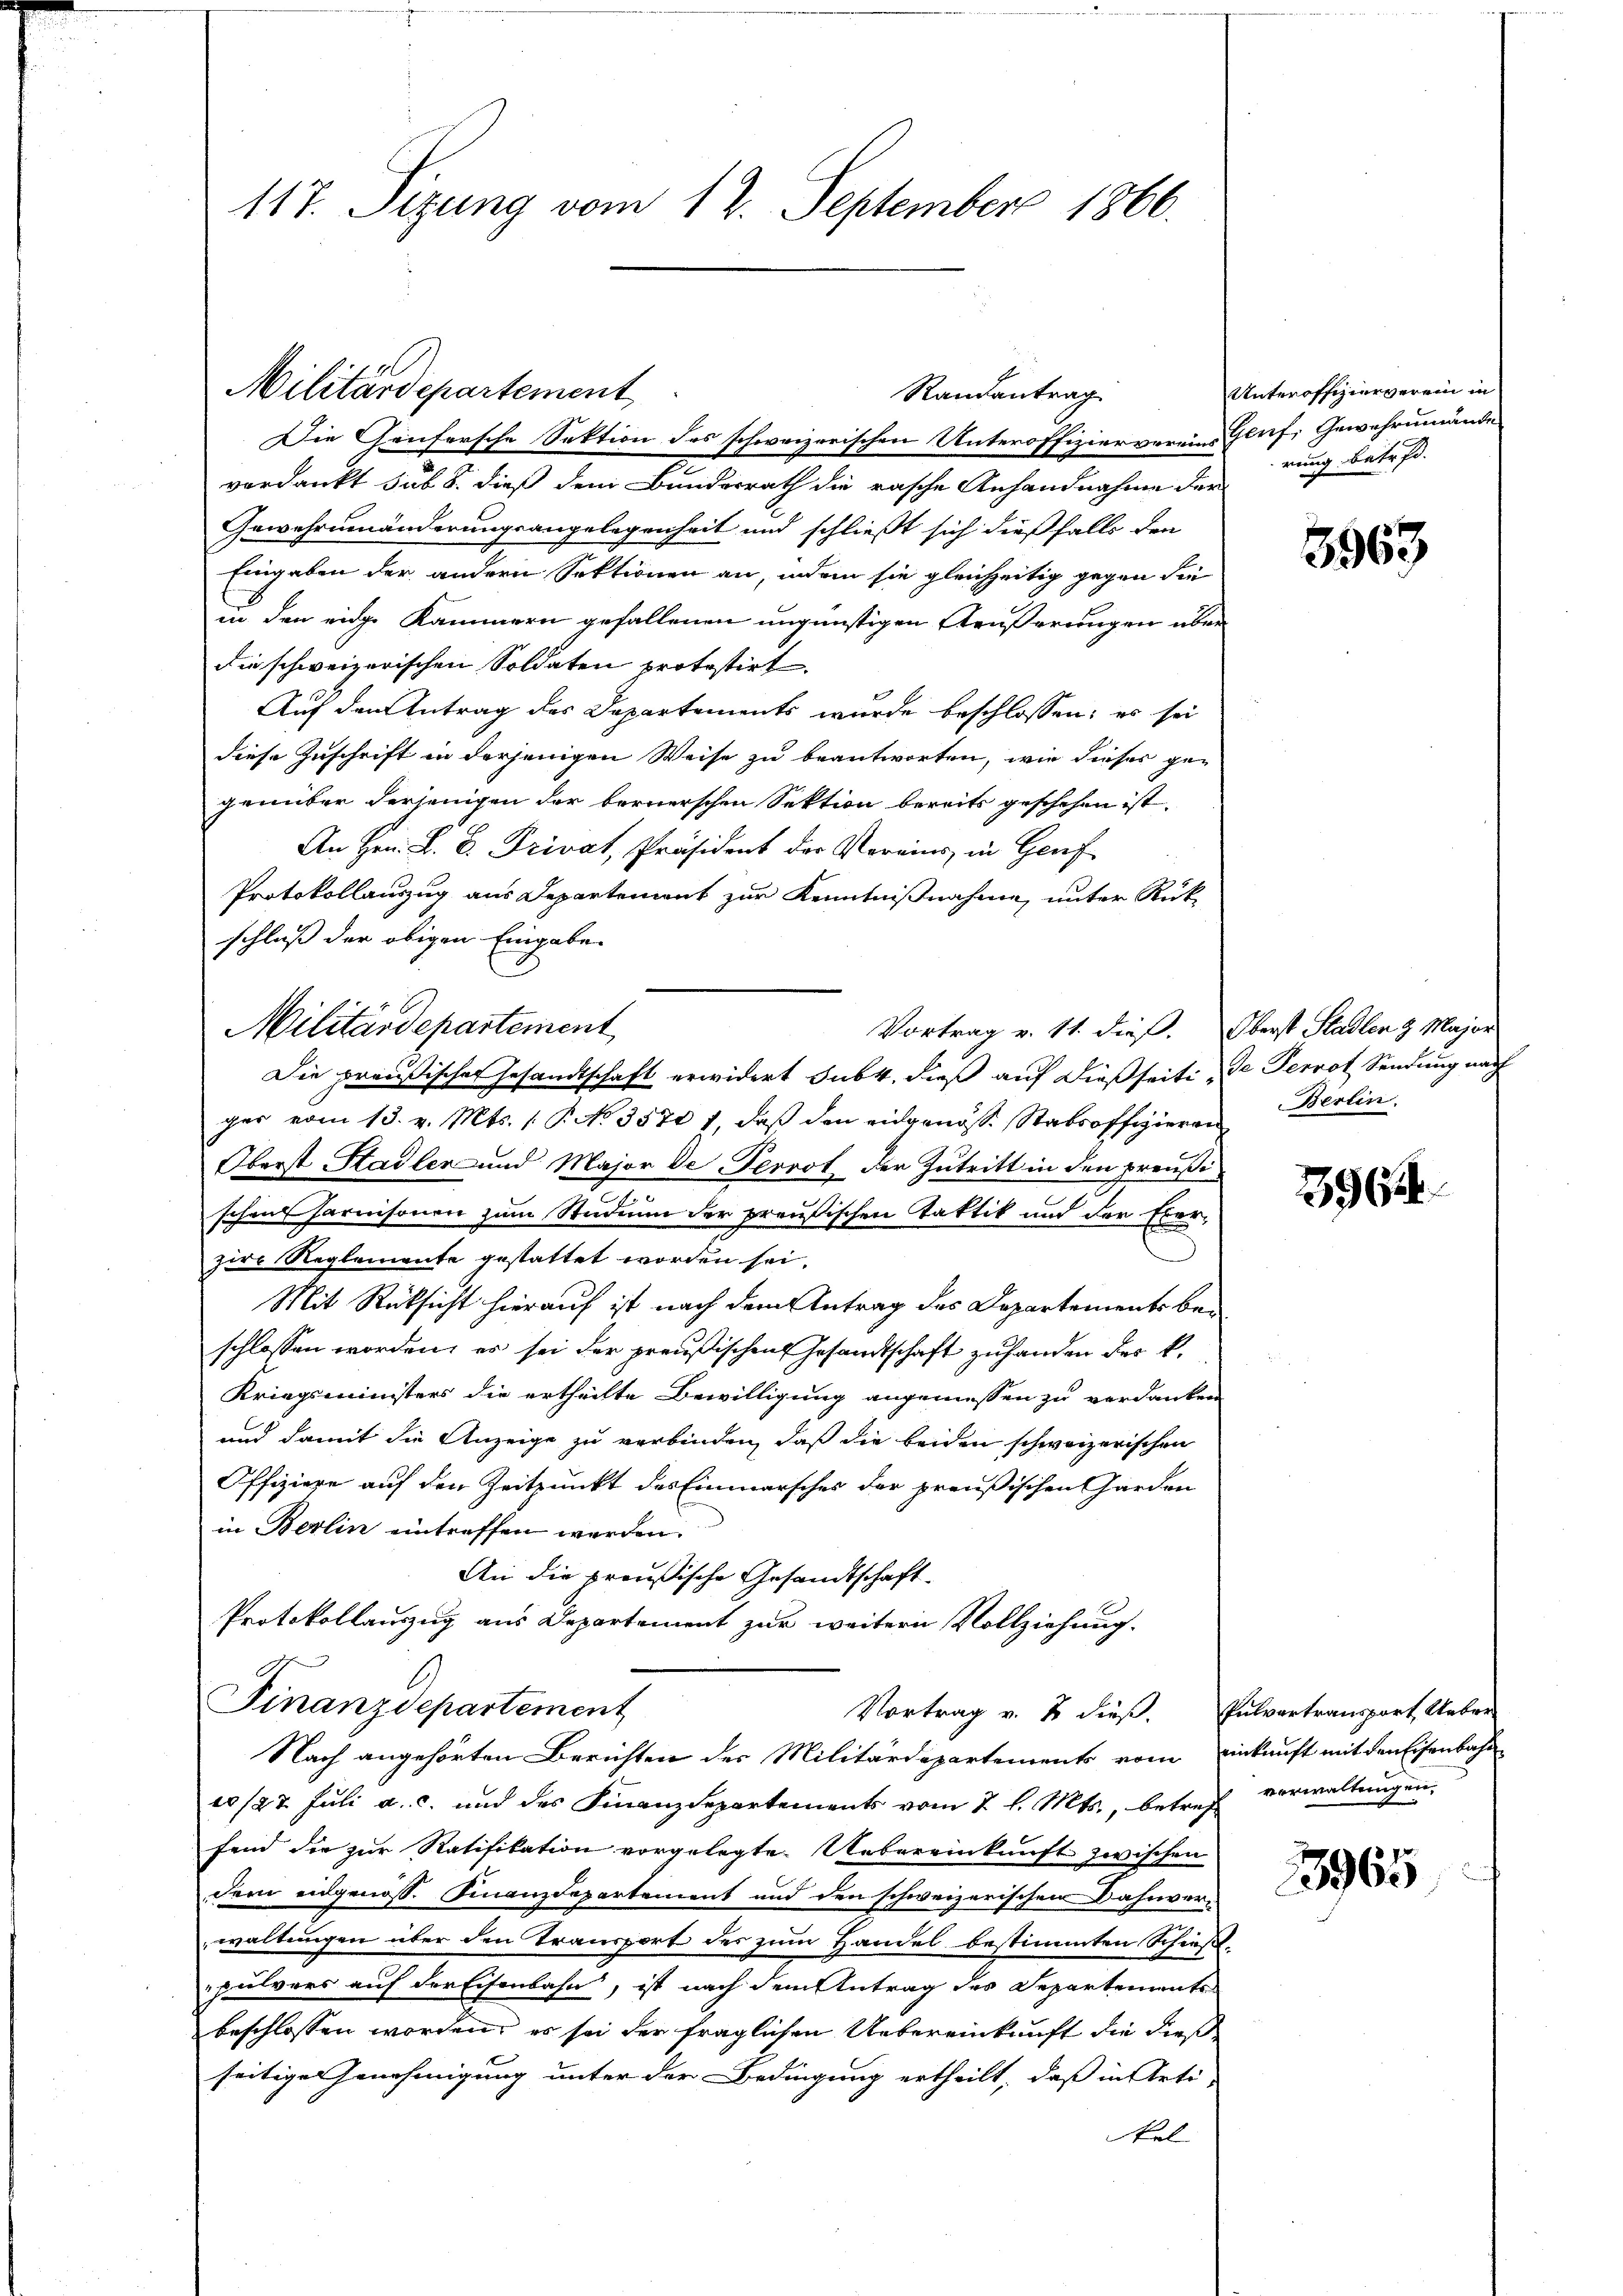
Die Genfersche Sektion des schweizerischen Unteroffizier vereins Gleif, Gewehreinande
verdankt sub 8. dieß dem Bundesrath die rasche Anhandnahme der
Gewehrumänderungsangelegenheit und schließt sich dießfalls den
Eingaben der andern Sektionen an, indem sie gleichzeitig gegen die
in den eige Kammern gefallenen ungünstigen Aeußerungen über
die schweizerischen Soldaten protestirt.
Auf den Antrag des Departements wurde beschlossen: es sei
diese Zuschrift in derjenigen Weise zu beantworten, wie dieses gegenüber derjenigen der bernerschen Sektion bereits geschehen ist.
An Hrn. L. D. Privat, Präsident der Vereins, in Genf
Protokollauszug aus Departement zur Kenntnißnahme, unter Rück-
schluß der obigen Eingabe
Militärdepartement
Vortrag v. 11. dieß. Oberst Stadlen & Major
Die preußischer Gesandtschaft erwidert subt, dieß auf dießseitige Perrot Sendung nach
ger vom 13. v. Mts. 1. P. No 3570 1, daβ den eidgenöss. Stabsoffizieren Berlin.
Oberst Stadler und Major de Perrot der Zutritt in den preußischen Harnisonen zum Studium der preußischen Taktik und der Exerzire Reglemente gestattet worden sei.
Mit Rücksicht hierauf ist nach dem Antrag des Departements beschlossen worden, es sei der preußischen Gesandtschaft zu handen des k.
Kriegsministers die ertheilte Bewilligung angemessen zu verdanken
und damit die Anzeige zu verbinden, daß die beiden schweizerischen
Offiziere auf den Zeitpunkt des Einmarsches der preußischen Garden
in Berlin eintreffen werden.
An die preußische Gesandtschaft
Protokollauszug aus Departement zur weitern Vollziehung.

117. Sitzung vom 12. September 1866.

Militärdepartement

Randantrag

Finanzdepartement
Vortrag v. 2 dieß. Pulvertransport Ueber
Nach angehörten Berichten des Militärdepartements vom Einkauft mit den Eisenbahn

10/22 Juli a. c. und des Finanzdepartements vom 2 l. Mts., betreff verwaltungen,
fend die zur Ratifikation vorgelegte Uebereinkunft zwischen
dem eidgenöss. Finanzdepartement und den schweizerischen Dahnverwaltungen über den Transport des zum Handel bestimmten Schießpulvers auf der Eisenbahn, ist nach dem Antrag des Departements
beschlossen worden, es sei der fraglichen Uebereinkunft die dießseitige Genehmigung unter der Bedingung ertheilt, daß in Arti-
kel

Unteroffizierverein in
rung betr. d.

3967

964.

3965